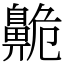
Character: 𪖡